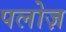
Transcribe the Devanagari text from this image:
पलोज़